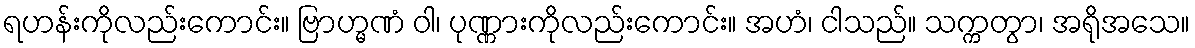
ရဟန်းကိုလည်းကောင်း။ ဗြာဟ္မဏံ ဝါ၊ ပုဏ္ဏားကိုလည်းကောင်း။ အဟံ၊ ငါသည်။ သက္ကတွာ၊ အရိုအသေ။